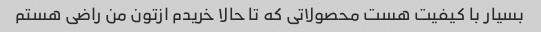
بسیار با کیفیت هست محصولاتی که تا حالا خریدم ازتون من راضی هستم